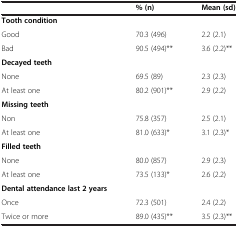
<table><thead><tr><td>[EMPTY_CELL]</td><td><b>% (n)</b></td><td><b>Mean (sd)</b></td></tr></thead><tbody><tr><td><b>Tooth condition</b></td><td>[EMPTY_CELL]</td><td>[EMPTY_CELL]</td></tr><tr><td>Good</td><td>70.3 (496)</td><td>2.2 (2.1)</td></tr><tr><td>Bad</td><td>90.5 (494)**</td><td>3.6 (2.2)**</td></tr><tr><td><b>Decayed teeth</b></td><td>[EMPTY_CELL]</td><td>[EMPTY_CELL]</td></tr><tr><td>None</td><td>69.5 (89)</td><td>2.3 (2.3)</td></tr><tr><td>At least one</td><td>80.2 (901)**</td><td>2.9 (2.2)</td></tr><tr><td><b>Missing teeth</b></td><td>[EMPTY_CELL]</td><td>[EMPTY_CELL]</td></tr><tr><td>Non</td><td>75.8 (357)</td><td>2.5 (2.1)</td></tr><tr><td>At least one</td><td>81.0 (633)*</td><td>3.1 (2.3)*</td></tr><tr><td><b>Filled teeth</b></td><td>[EMPTY_CELL]</td><td>[EMPTY_CELL]</td></tr><tr><td>None</td><td>80.0 (857)</td><td>2.9 (2.3)</td></tr><tr><td>At least one</td><td>73.5 (133)*</td><td>2.6 (2.2)</td></tr><tr><td><b>Dental attendance last 2 years</b></td><td>[EMPTY_CELL]</td><td>[EMPTY_CELL]</td></tr><tr><td>Once</td><td>72.3 (501)</td><td>2.4 (2.2)</td></tr><tr><td>Twice or more</td><td>89.0 (435)**</td><td>3.5 (2.3)**</td></tr></tbody></table>